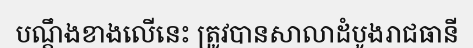
បណ្តឹងខាងលើនេះ ត្រូវបានសាលាដំបូងរាជធានី